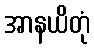
အာနယိတုံ